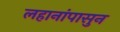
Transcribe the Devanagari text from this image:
लहानांपासुन